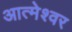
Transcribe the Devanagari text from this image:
आत्मेश्वर